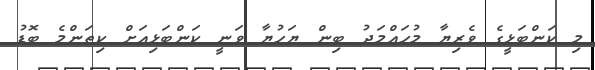
މި ކަންބަޅީގެ ވެރިޔާ މުހައްމަދު ބިން ޔަހުޔާ ވަނީ ކަންބަޅިއަށް ކިތަންމެ ބޮޑު